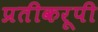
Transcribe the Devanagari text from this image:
प्रतीकरूपी